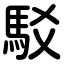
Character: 駁